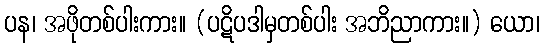
ပန၊ အဖိုတစ်ပါးကား။ (ပဋိပဒါမှတစ်ပါး အဘိညာကား။) ယော၊